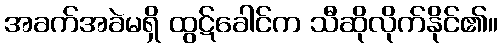
အခက်အခဲမရှိ ထွဋ်ခေါင်က သီဆိုလိုက်နိုင်၏။